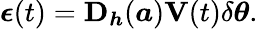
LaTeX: \boldsymbol{\epsilon}(t)=\mathbf{D}_{\boldsymbol{h}}(\boldsymbol{a})\mathbf{V}(t)\delta\boldsymbol{\theta}.